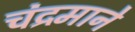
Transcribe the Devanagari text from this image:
चंद्रमाने